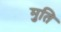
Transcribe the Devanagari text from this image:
मुति